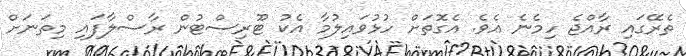
ތެރޭގައި ރާއްޖެ ހިމެނެ އެވެ. އެގޮތަށް ހުޅުވައިލުމާ އެކު ޓޫރިސްޓުން ރާސްލާފައި މިތަނަށް